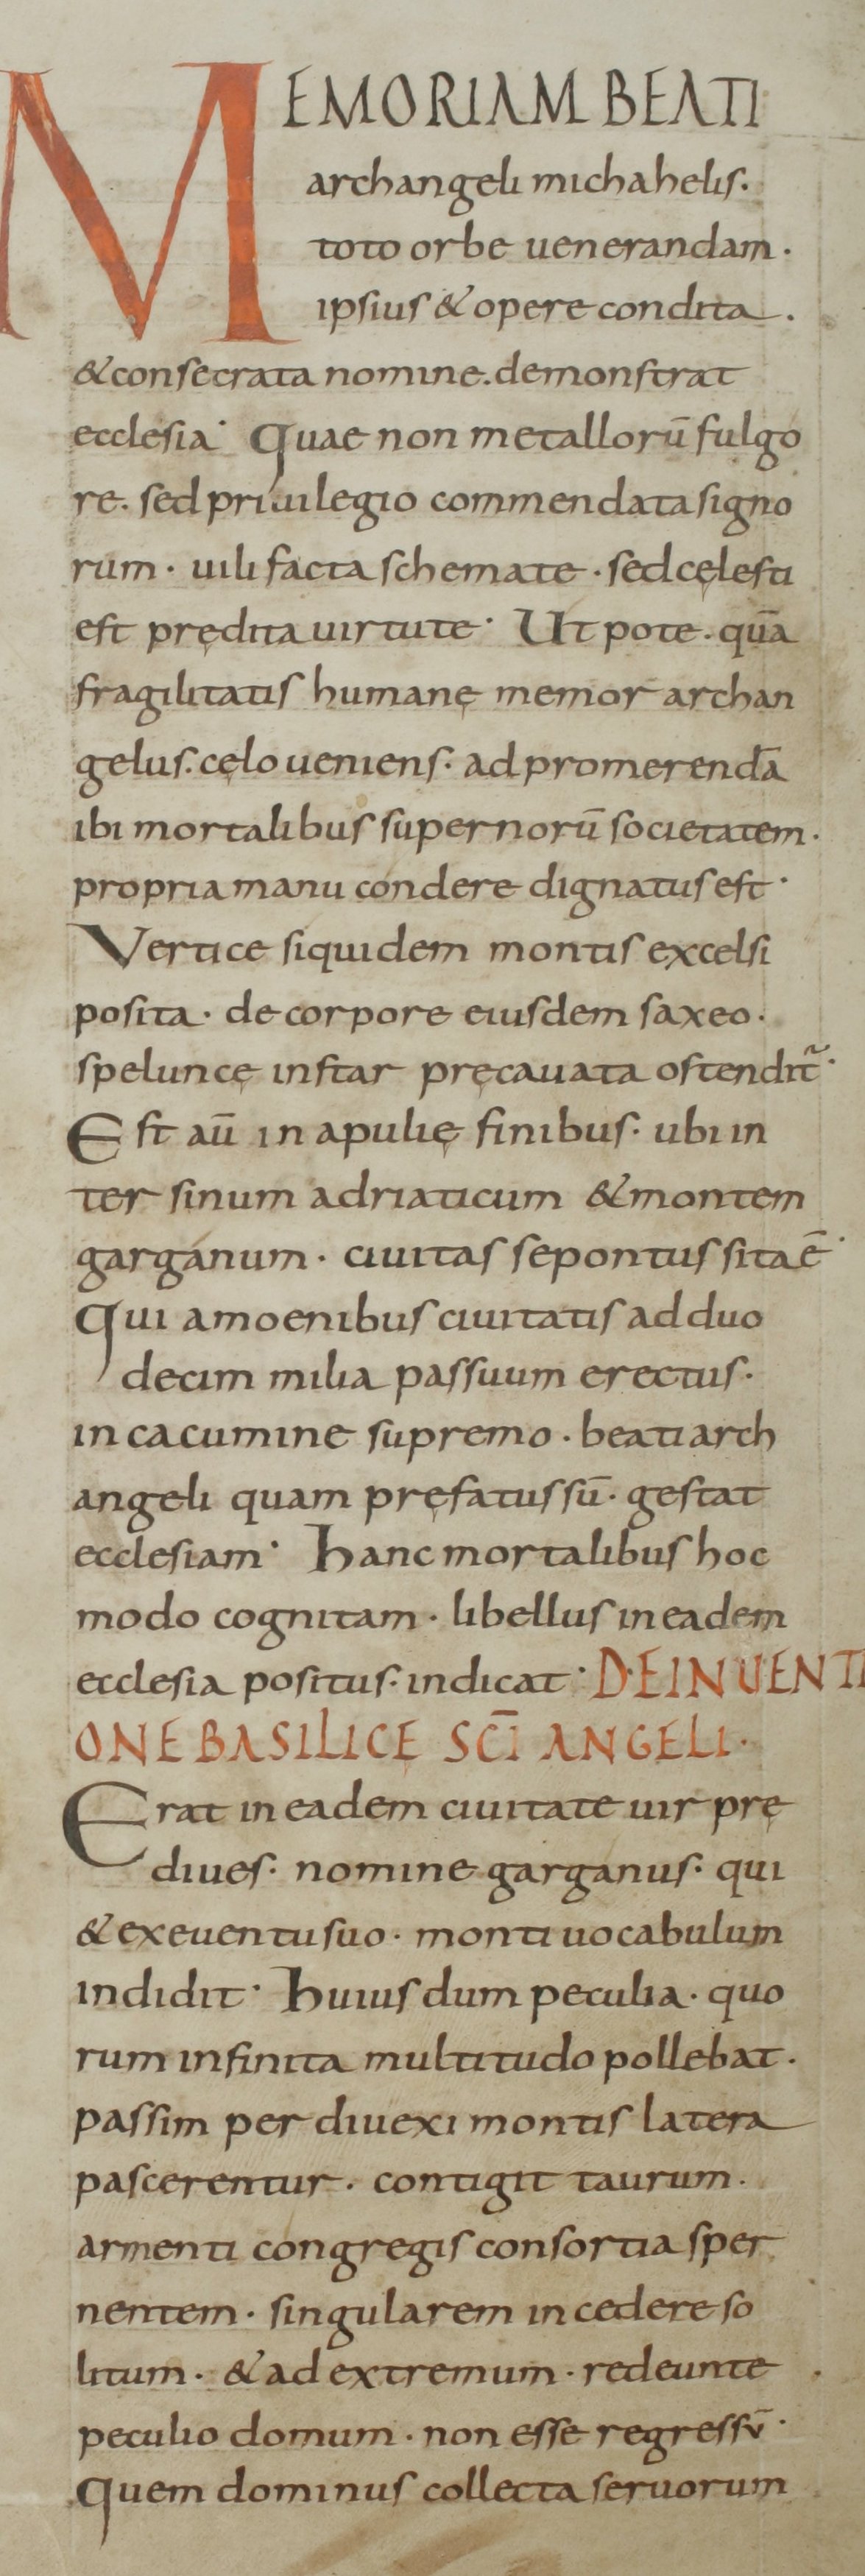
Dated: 800–899